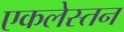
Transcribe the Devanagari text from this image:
एकलेस्तन